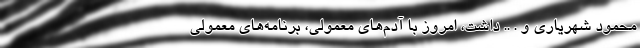
محمود شهریاری و . .. داشت، امروز با آدم‌های معمولی، برنامه‌های معمولی